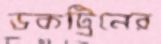
ডকট্রিনের